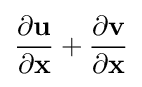
{\frac {\partial \mathbf {u} }{\partial \mathbf {x} }}+{\frac {\partial \mathbf {v} }{\partial \mathbf {x} }}